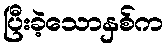
ပြီးခဲ့သောနှစ်က